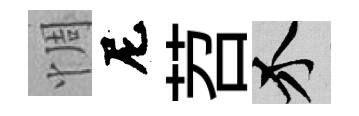
惆尼苕介